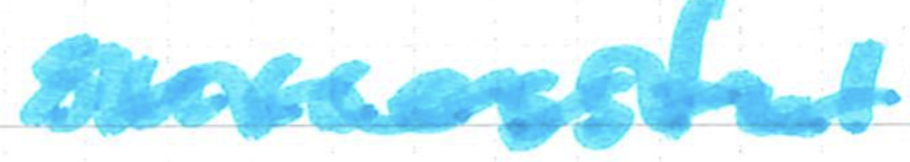
Text: successful
Cross-out: wave
Writing tool: marker